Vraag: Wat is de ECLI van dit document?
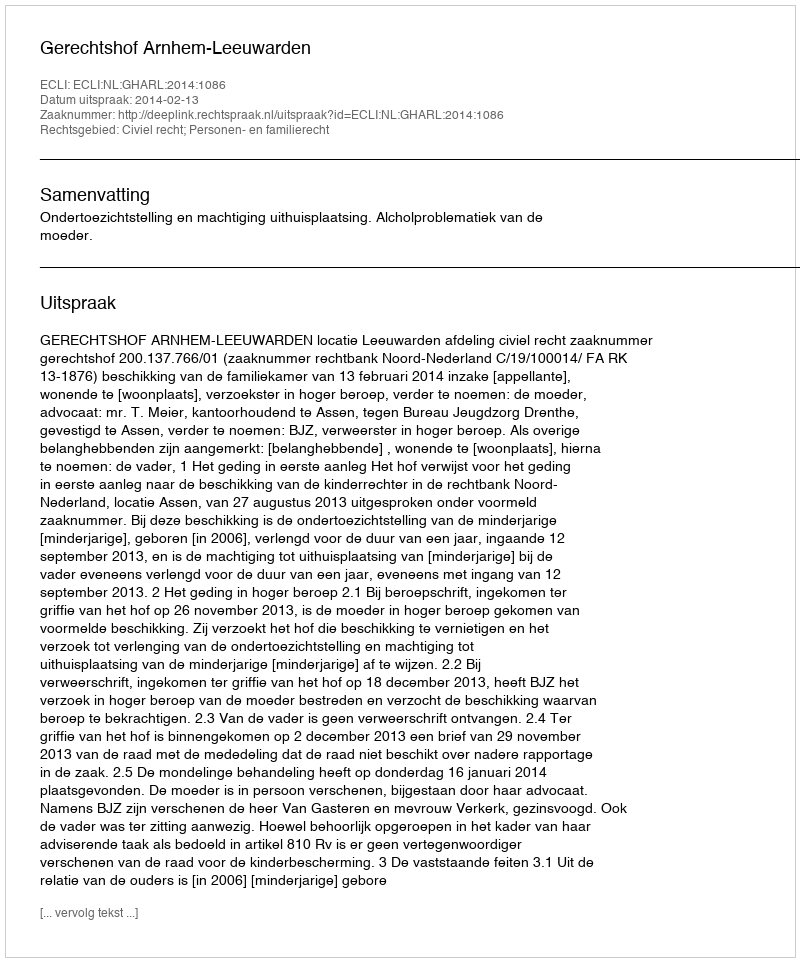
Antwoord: ECLI:NL:GHARL:2014:1086